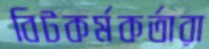
বিটকর্মকর্তারা